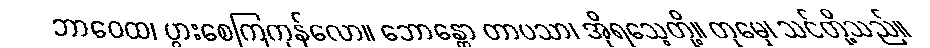
ဘာဝေထ၊ ပွားစေကြကုန်လော။ ဘောန္တော တာပသာ၊ အိုရသေ့တို့။ တုမှေ၊ သင်တို့သည်။